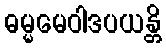
ဓမ္မမေဝါဒပယန္တိ